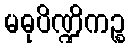
မဓုပိဏ္ဍိကဉ္စ